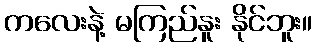
ကလေးနဲ့ မကြည်နူး နိုင်ဘူး။